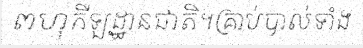
ពហុកីឡដ្ឋានជាតិ។គ្រាប់បាល់ទាំង